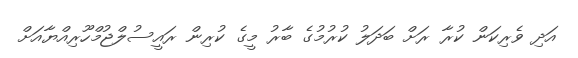
އަދި ވެރިކަން ކުރާ ރަށް ބަދަލު ކުރުމުގެ ބާރު މީގެ ކުރިން ރައީސުލްޖުމްހޫރިއްޔާއަށް